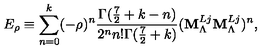
E _ { \rho } \equiv \sum _ { n = 0 } ^ { k } ( - \rho ) ^ { n } \frac { \Gamma ( \frac { 7 } { 2 } + k - n ) } { 2 ^ { n } n ! \Gamma ( \frac { 7 } { 2 } + k ) } ( { \bf M } _ { \Lambda } ^ { L j } { \bf M } _ { \Lambda } ^ { L j } ) ^ { n } ,